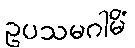
ဥပသမဂါမိံ